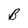
Character: B